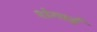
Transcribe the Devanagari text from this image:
शंगाई